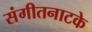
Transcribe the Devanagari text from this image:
संगीतनाटके